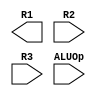
`timescale 1ns / 1ps
//////////////////////////////////////////////////////////////////////////////////
// Company: 
// Engineer: 
// 
// Design Name: 
// Module Name:    ALU_32bit 
// Project Name: 
// Target Devices: 
// Tool versions: 
// Description: 
//
// Dependencies: 
//
// Revision: 
// Revision 0.01 - File Created
// Additional Comments: 
//
//////////////////////////////////////////////////////////////////////////////////
module ALU_32bit(output [31:0] R1, input [31:0] R2, R3,input [2:0] ALUOp
    );


endmodule